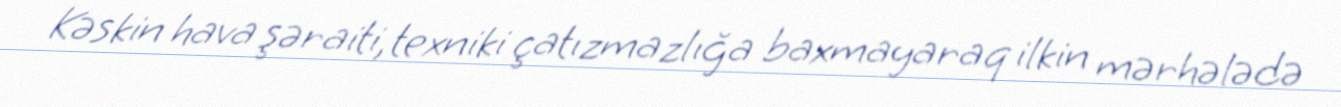
Kəskin hava şəraiti, texniki çatızmazlığa baxmayaraq ilkin mərhələdə